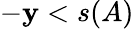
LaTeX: -\mathbf{y}<s(A)